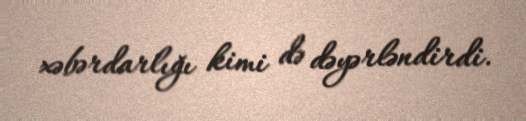
xəbərdarlığı kimi də dəyərləndirdi.